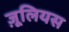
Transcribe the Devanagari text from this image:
ज़ूलियस